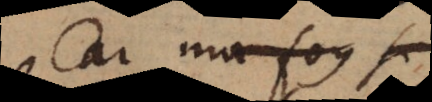
Car ma foy